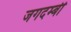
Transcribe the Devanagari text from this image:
जगदम्बी